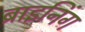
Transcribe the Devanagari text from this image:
ब्राइनिंग